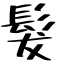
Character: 髮